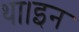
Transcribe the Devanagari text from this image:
था।इन